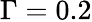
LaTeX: \Gamma=0.2